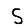
Digit: 5